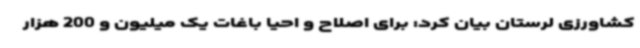
کشاورزی لرستان بیان کرد: برای اصلاح و احیا باغات یک میلیون و 200 هزار